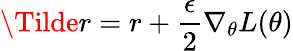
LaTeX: \Tilde{r}=r+\frac{\epsilon}{2}\nabla_{\theta}L(\theta)